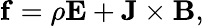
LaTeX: \mathbf f=\rho\mathbf E+\mathbf J\times\mathbf B,